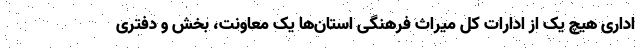
اداری هیچ یک از ادارات کل میراث فرهنگی استان‌ها یک معاونت، بخش و دفتری